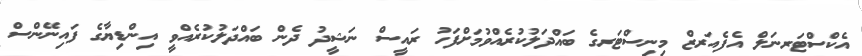
އެކްސްޓަރނަލް އެފެއަރޒް މިނިސްޓަރގެ ބައްދަލުކުރެއްވުމަށްފަހު ރައީސް ނަޝީދު ދެން ބައްދަލުކުރެއްވީ އިންޑިޔާގެ ފައިނޭންސް